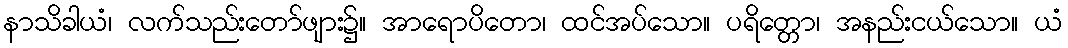
နာသိခါယံ၊ လက်သည်းတော်ဖျား၌။ အာရောပိတော၊ ထင်အပ်သော။ ပရိတ္တော၊ အနည်းငယ်သော။ ယံ